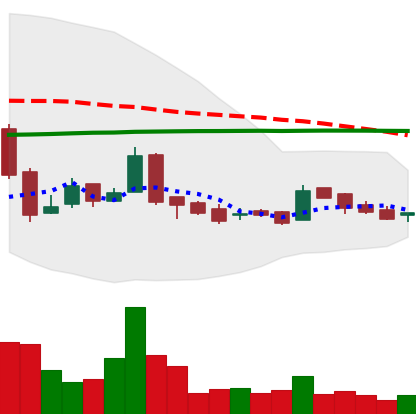
Ticker: LTC-USD
Chart end date: 2016-02-09
Forward return: 4.1875%
Label: up_3_5